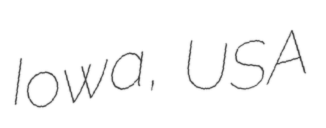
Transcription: Iowa, USA